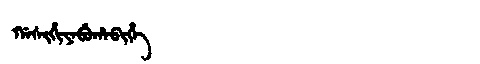
Manchu: ᡤᠠᠰᡳᡥᡳᠶᠠᠪᡠᡥᠠᠪᡳᡥᡝ
Romanization: GASIHIYABUHABIHE